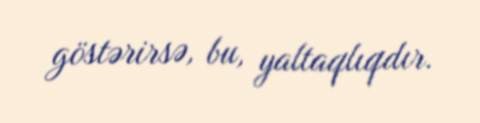
göstərirsə, bu, yaltaqlıqdır.